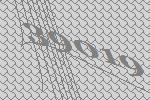
39019